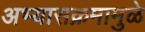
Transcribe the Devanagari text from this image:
अभ्यासक्रमामुळे